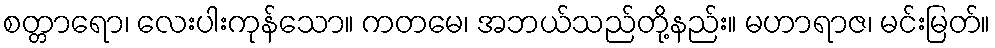
စတ္တာရော၊ လေးပါးကုန်သော။ ကတမေ၊ အဘယ်သည်တို့နည်း။ မဟာရာဇ၊ မင်းမြတ်။